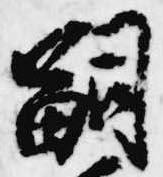
嗣